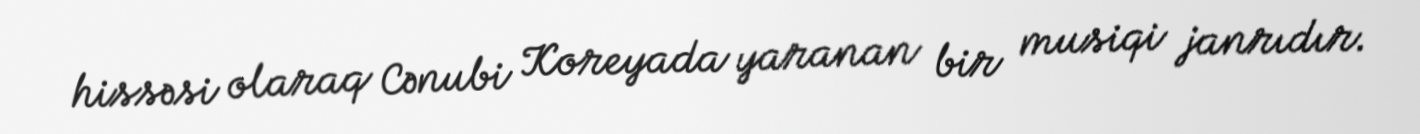
hissəsi olaraq Cənubi Koreyada yaranan bir musiqi janrıdır.